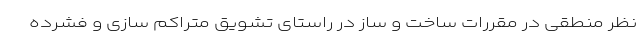
نظر منطقی در مقررات ساخت و ساز در راستای تشویق متراکم سازی و فشرده